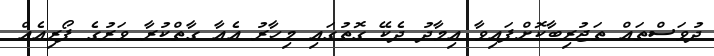
ދުވަސްތައް ތަޖުރިބާކޮށްފައިވާ އިމާދު ދެކޭ ގޮތުގައި މިހާރު އެއާ ގާތްކުރާ ވަރުގެ ފޯރިއެއް